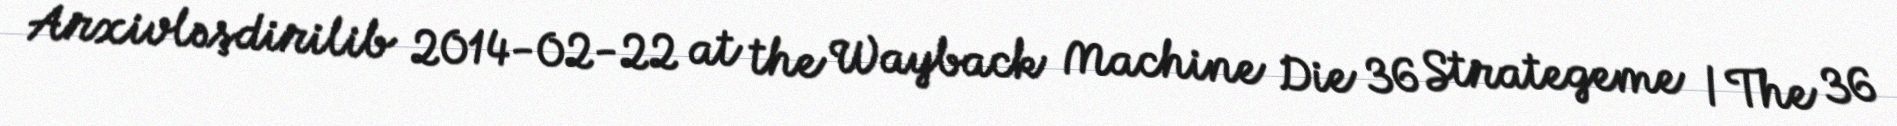
Arxivləşdirilib 2014-02-22 at the Wayback Machine Die 36 Strategeme / The 36